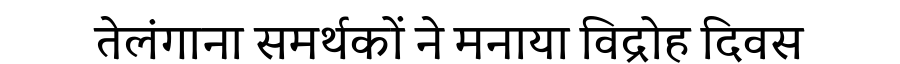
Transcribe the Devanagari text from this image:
तेलंगाना समर्थकों ने मनाया विद्रोह दिवस